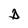
Character: D